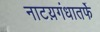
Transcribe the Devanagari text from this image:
नाटय़गंधातर्फे